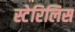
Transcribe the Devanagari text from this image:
स्टेरिलिस